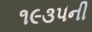
૧૯૩૫ની